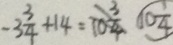
- 3 \frac { 3 } { 4 } + 1 4 = 1 0 \frac { 3 } { 4 } \textcircled { 1 0 \frac { 1 } { 4 } }